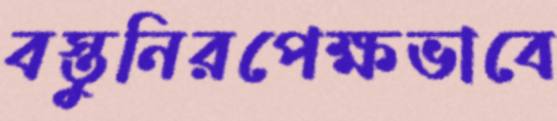
বস্তুনিরপেক্ষভাবে